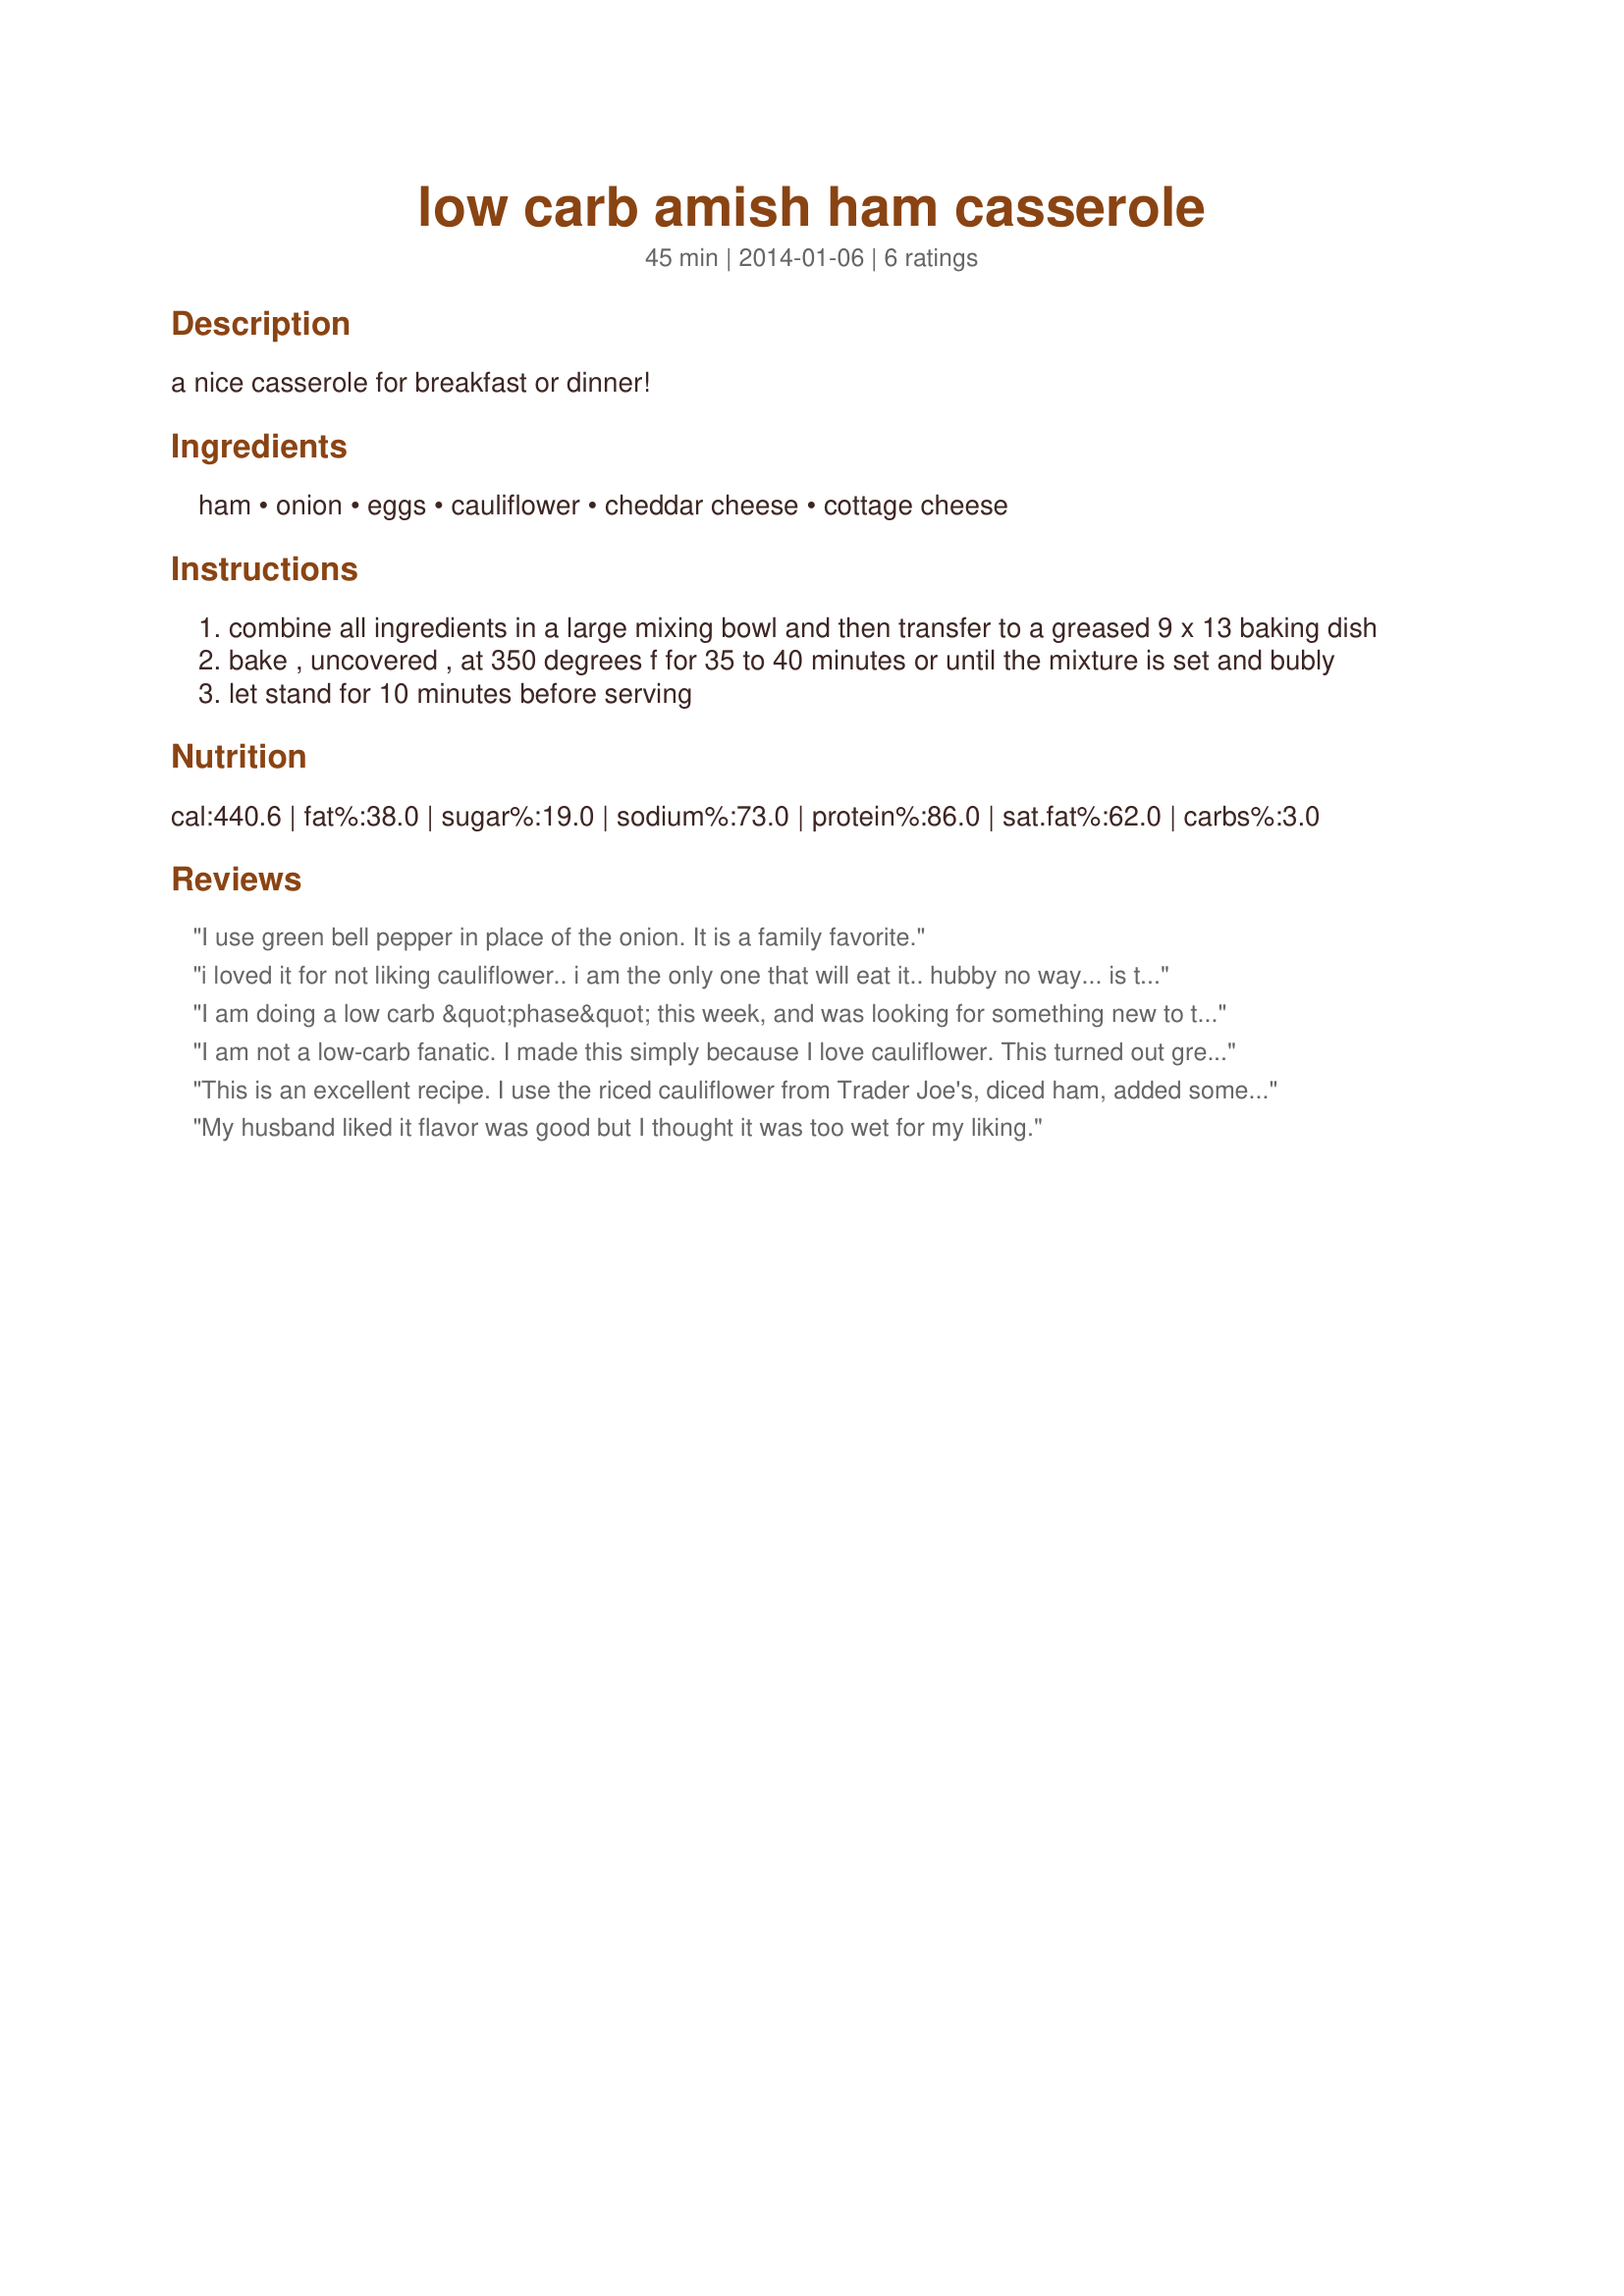
low carb amish ham casserole
Preparation time: 45 minutes

a nice casserole for breakfast or dinner!

Ingredients:
ham, onion, eggs, cauliflower, cheddar cheese, cottage cheese

Steps:
combine all ingredients in a large mixing bowl and then transfer to a greased 9 x 13 baking dish
bake , uncovered , at 350 degrees f for 35 to 40 minutes or until the mixture is set and bubly
let stand for 10 minutes before serving

Reviews:
I use green bell pepper in place of the onion. It is a family favorite.
i loved it for not liking cauliflower.. i am the only one that will eat it.. hubby no way... is this freezable? i cannot eat the whole pan by my self in a few days.. any suggestions? i did add greenpepper and a few mushrooms to it.. AMAZING!!!
I am doing a low carb &quot;phase&quot; this week, and was looking for something new to try. This was very easy to make, and quite good. I used frozen chopped cauli and onions, and bought some diced ham, so it was VERY quick to throw together. However, I personally need more spice in my food than the average person. After tasting it, I added garlic, a bit of sea salt, and some crushed red pepper. Just right! :-)
I am not a low-carb fanatic. I made this simply because I love cauliflower. This turned out great. I used the regular onion plus some green onion; it was tasty! This would make a wonderful breakfast or brunch casserole. It&#039;s delicious even if you don&#039;t worry about carbs. Thanx!
This is an excellent recipe. I use the riced cauliflower from Trader Joe's, diced ham, added some seasonings, bell peppers and used half the amount of cheese.
My husband liked it flavor was good but I thought it was too wet for my liking.
